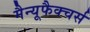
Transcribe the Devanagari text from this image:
मैन्यूफैक्चर्स